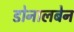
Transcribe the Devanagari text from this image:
डोनालबेन